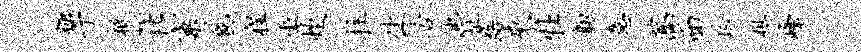
糖亍柢社窠邕程巫炊拄休舌他址路来牡韧意蒿面玲想峰